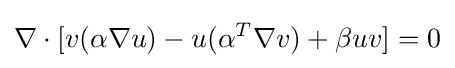
\nabla \cdot [v(\alpha \nabla u)-u(\alpha ^{T}\nabla v)+\beta uv]=0